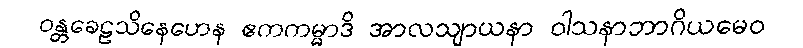
ဝန္တခေဠသိနေဟေန ဧကကမ္မာဒိ အာလသျာယနာ ဝါသနာဘာဂိယမေဝ